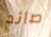
صائد